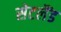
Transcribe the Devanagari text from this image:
सेटलैंड